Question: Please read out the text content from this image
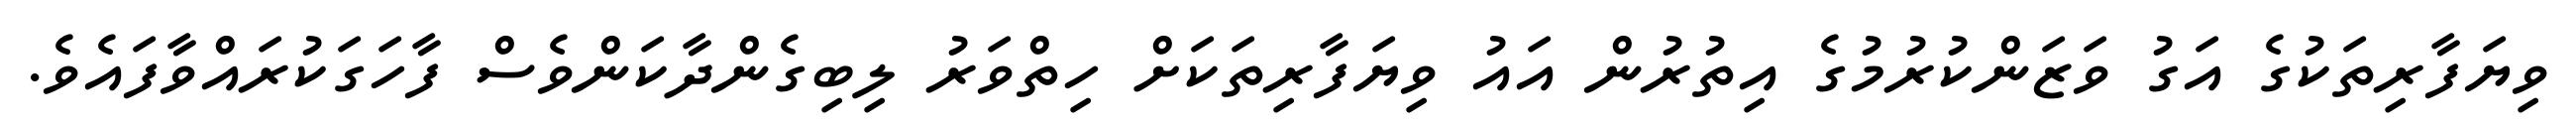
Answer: ވިޔަފާރިތަކުގެ އަގު ވަޒަންކުރުމުގެ އިތުރުން އައު ވިޔަފާރިތަކަށް ހިތްވަރު ލިބިގެންދާކަންވެސް ފާހަގަކުރައްވާފައެވެ.